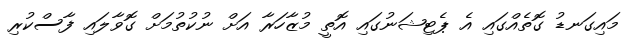
މައިގަނޑު ގޮތެއްގައި އެ ޕެޓިޝަނުގައި އޮތީ މުޒާހަރާ އަށް ނުކުތުމަށް ގޮވާލައި ފާސްކުރި